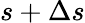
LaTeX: s+\Delta s